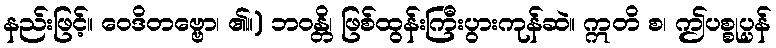
နည်းဖြင့်။ ဝေဒိတဗ္ဗော၊ ၏။) ဘဝန္တိ၊ ဖြစ်ထွန်းကြီးပွားကုန်ဆဲ။ ဣတိ စ၊ ဤပစ္စုပ္ပန်